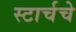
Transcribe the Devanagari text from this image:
स्टार्चचे